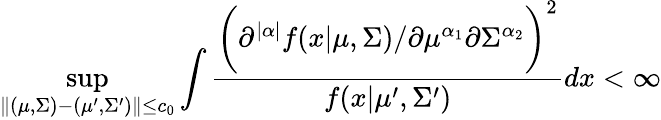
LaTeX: {\displaystyle\operatorname*{sup}_{\| (\mu,\Sigma)-(\mu^{\prime},\Sigma^{\prime})\| \leq c_{0}}{\int\frac{\biggr({\partial^{|\alpha|}{f(x|\mu,\Sigma)}}/{\partial{\mu^{\alpha_{1}}}\partial{\Sigma^{\alpha_{2}}}}\biggr)^{2}}{f(x|\mu^{\prime},\Sigma^{\prime})}dx}<\infty}